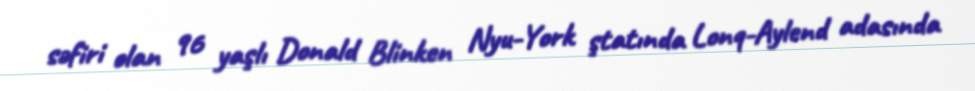
səfiri olan 96 yaşlı Donald Blinken Nyu-York ştatında Lonq-Aylend adasında